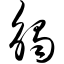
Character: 触